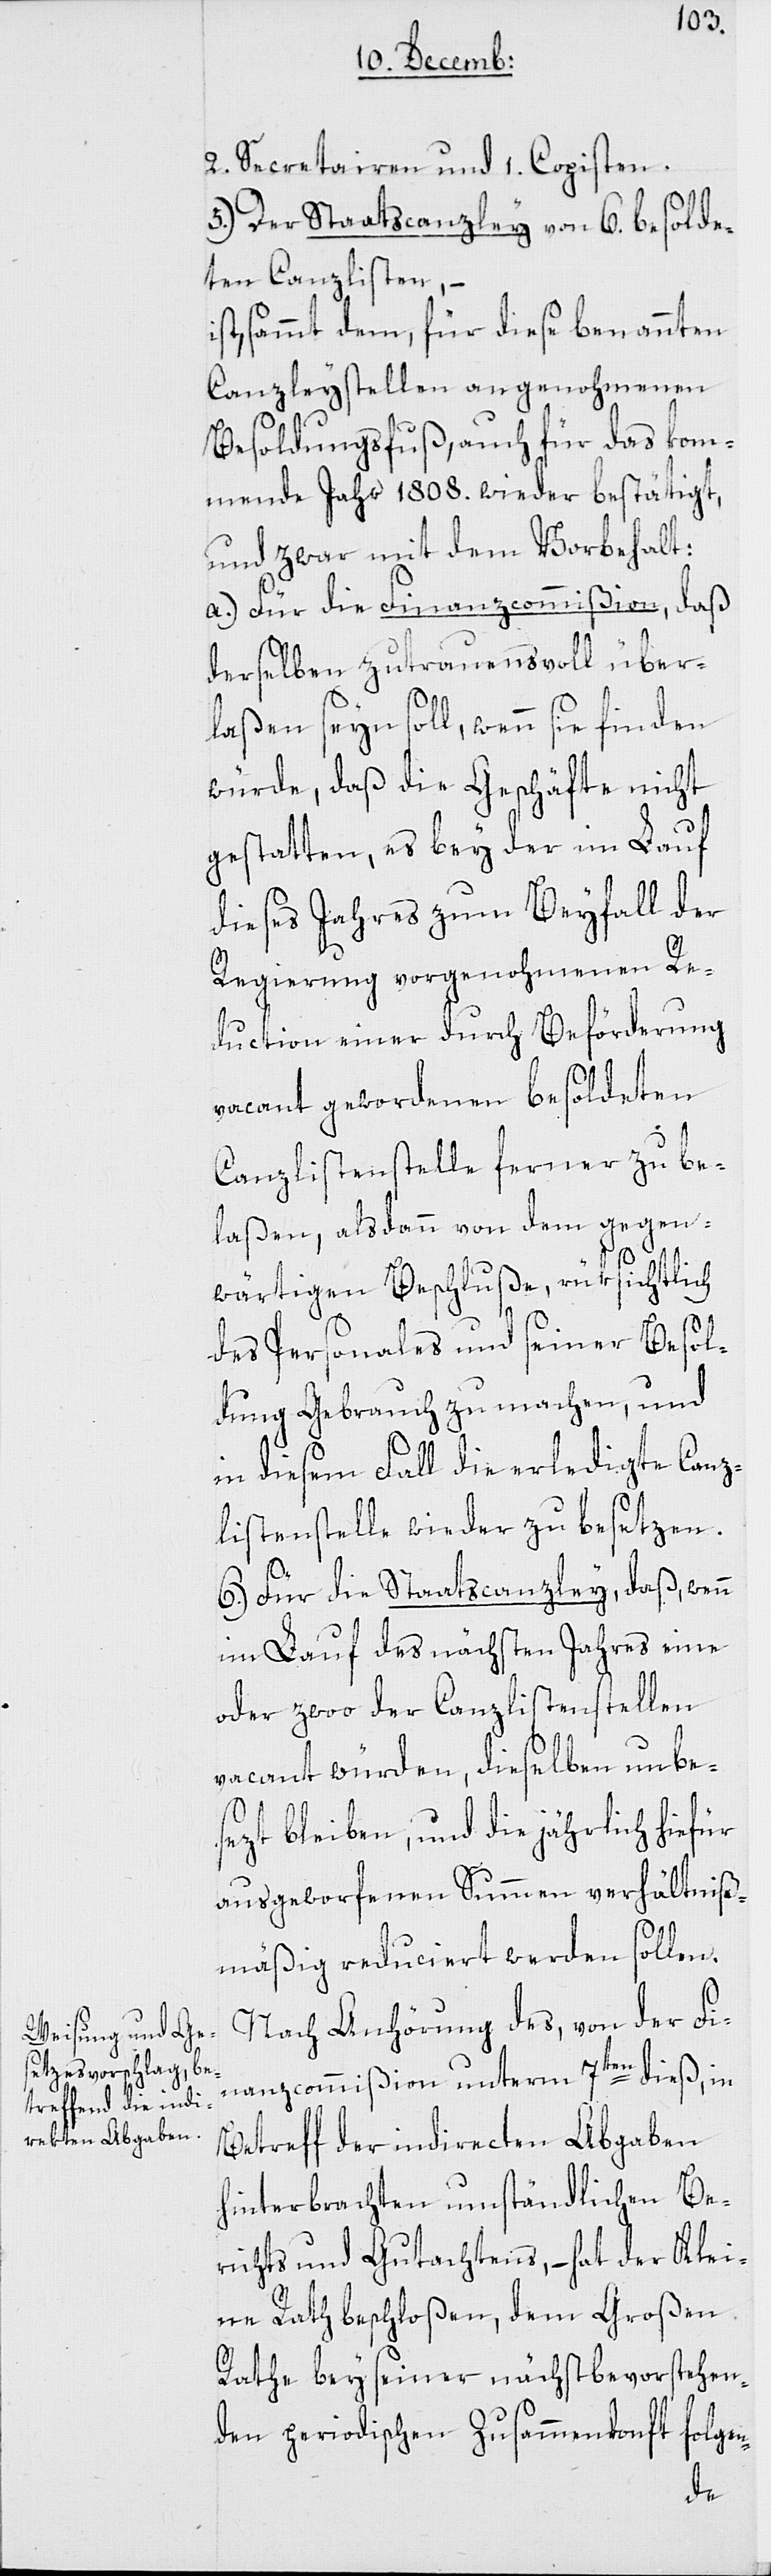
2. Secretairen und 1. Copisten.
5.) Der Staatscanzley von 6. besolde¬
ten Canzlisten, –
ist sammt dem, für diese benannten
Canzleystellen angenohmenen
Besoldungsfuß, auch für das kom¬
mende Jahr 1808. wieder bestätigt,
und zwar mit dem Vorbehalt:
a.) Für die Finanzcommißion, daß
derselben zutrauensvoll über¬
laßen seyn soll, wenn sie finden
würde, daß die Geschäfte nicht
gestatten, es bey der im Lauf
dieses Jahres zum Beyfall der
Regierung vorgenohmenen Re¬
duction einer durch Beförderung
vacant gewordenen besoldeten
Canzlistenstelle ferner zu be¬
laßen, alsdann von dem gegen¬
wärtigen Beschluße, rüksichtlich
des Personales und seiner Besol¬
dung Gebrauch zu machen, und
in diesem Fall die erledigte Canz¬
listenstelle wieder zu besetzen.
b.) Für die Staatscanzley, daß, wenn
im Lauf des nächsten Jahres eine
oder zwoo der Canzlistenstellen
vacant würden, dieselben unbe¬
sezt bleiben, und die jährlich hiefür
ausgeworfenen Summen verhältniß¬
mäßig reduciert werden sollen.
Nach Anhörung des, von der Fi¬
nanzcommißion unterm 7ten dieß, in
Betreff der indirecten Abgaben
hinterbrachten umständlichen Be¬
richts und Gutachtens, – hat der Klei¬
ne Rath beschloßen, dem Großen
Rathe bey seiner nächst bevorstehen¬
den periodischen Zusammenkonft folgen-